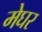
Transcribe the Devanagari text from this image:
मेघर